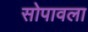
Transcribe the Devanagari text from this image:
सोपावला